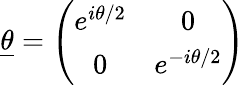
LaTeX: \underline{{{\theta}}}=\left(\begin{array}{cc}{{e^{i\theta/2}}}&{{0}}\\ {{0}}&{{e^{-i\theta/2}}}\end{array}\right)